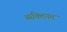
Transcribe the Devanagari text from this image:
ब्यक्तिगत